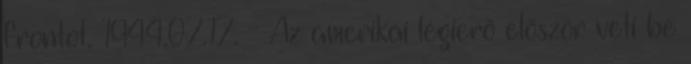
frontot. 1944.07.17. - Az amerikai légierõ elõször veti be